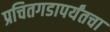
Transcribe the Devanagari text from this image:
प्रचितगडापर्यंतचा